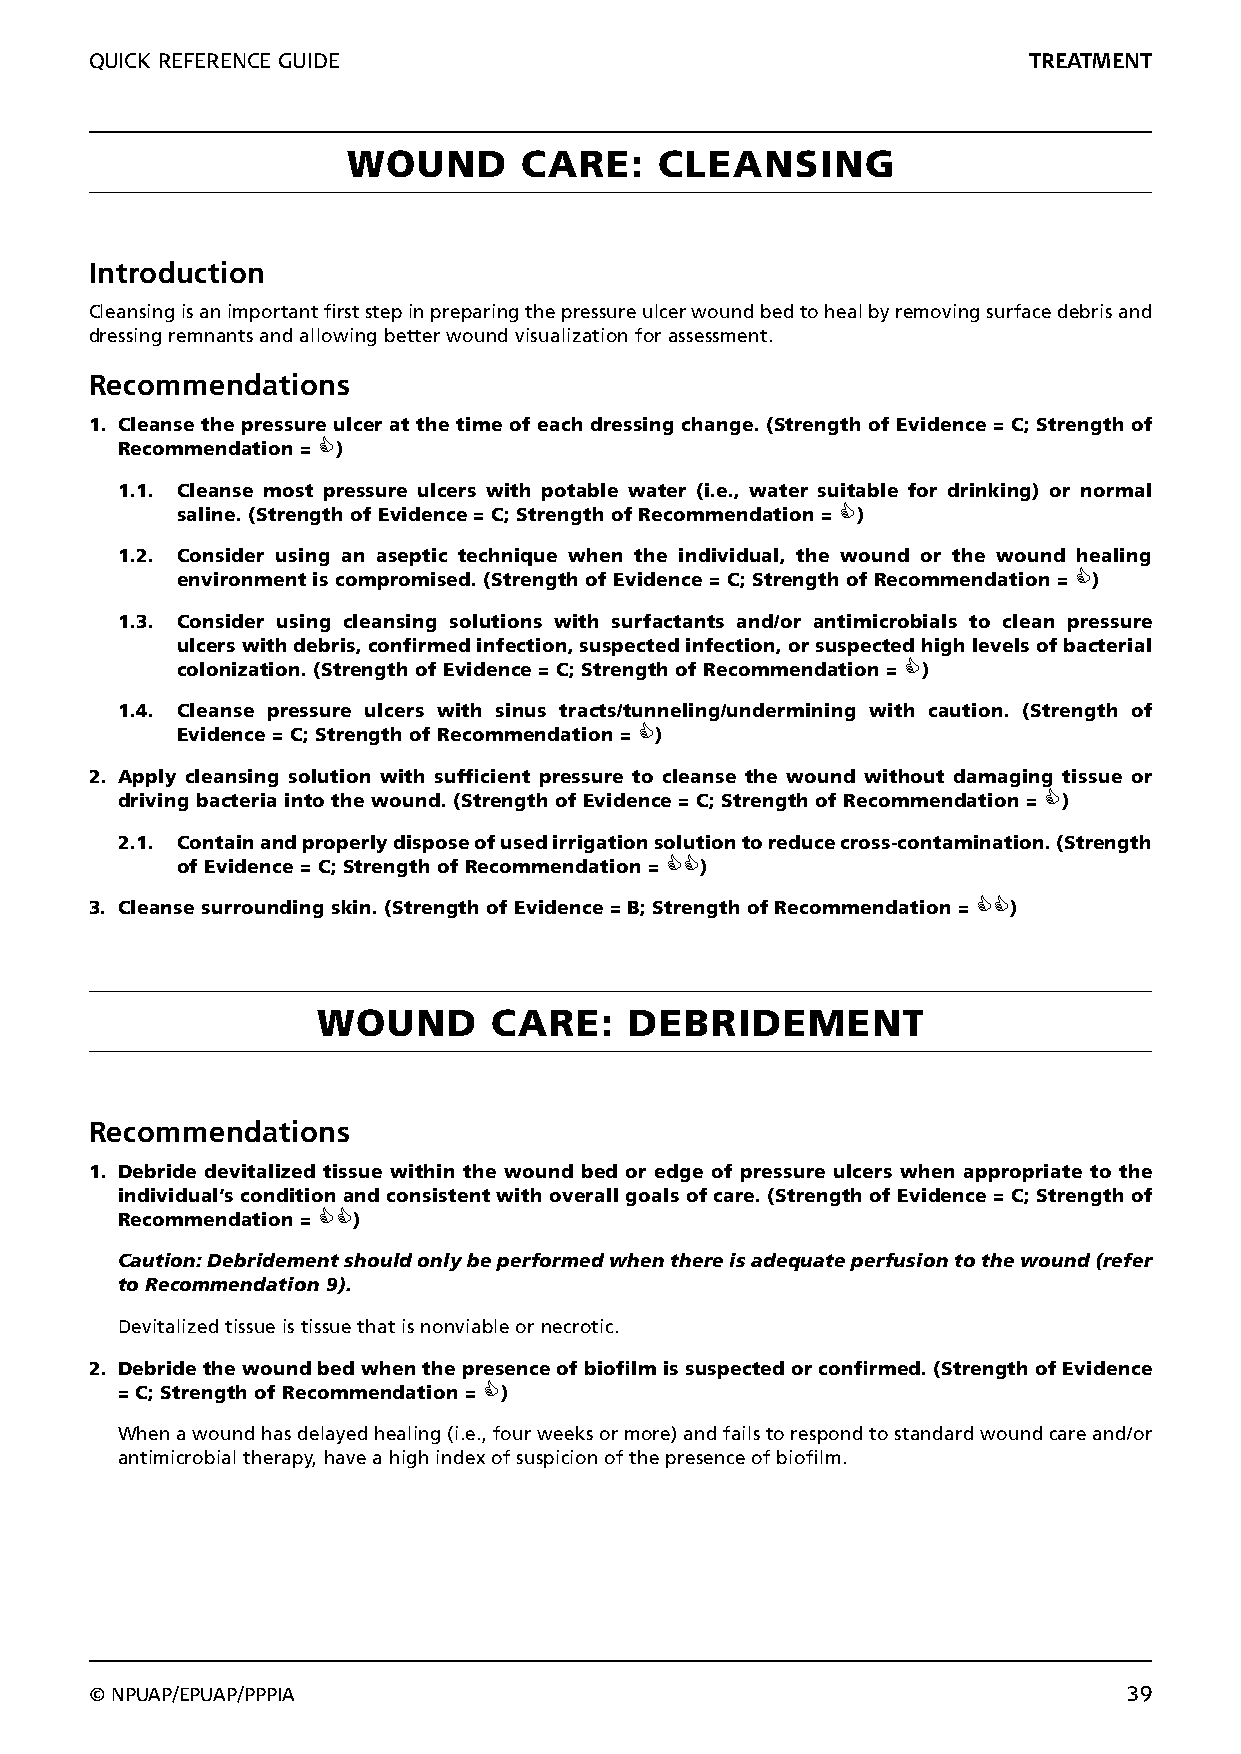
QUICK REFERENCE GUIDE                                         TREATMENT
 WOUND       CARE:    CLEANSING
 Introduction
 Cleansing is an important first step in preparing the pressure ulcer wound bed to heal by removing surface debris and
 dressing remnants and allowing better wound visualization for assessment.
 Recommendations
 1. Cleanse the pressure ulcer at the time of each dressing change. (Strength of Evidence = C; Strength of
 Recommendation = )
 1.1. Cleanse most pressure ulcers with potable water (i.e., water suitable for drinking) or normal
 saline. (Strength of Evidence = C; Strength of Recommendation = )
 1.2. Consider using an aseptic technique when the individual, the wound or the wound healing
 environment is compromised. (Strength of Evidence = C; Strength of Recommendation = )
 1.3. Consider using cleansing solutions with surfactants and/or antimicrobials to clean pressure
 ulcers with debris, confirmed infection, suspected infection, or suspected high levels of bacterial
 colonization. (Strength of Evidence = C; Strength of Recommendation = )
 1.4. Cleanse pressure ulcers with sinus tracts/tunneling/undermining with caution. (Strength of
 Evidence = C; Strength of Recommendation = )
 2. Apply cleansing solution with sufficient pressure to cleanse the wound without damaging tissue or
 driving bacteria into the wound. (Strength of Evidence = C; Strength of Recommendation = )
 2.1. Contain and properly dispose of used irrigation solution to reduce cross-contamination. (Strength
 of Evidence = C; Strength of Recommendation = )
 3. Cleanse surrounding skin. (Strength of Evidence = B; Strength of Recommendation = )
 WOUND       CARE:    DEBRIDEMENT
 Recommendations
 1. Debride devitalized tissue within the wound bed or edge of pressure ulcers when appropriate to the
 individual’s condition and consistent with overall goals of care. (Strength of Evidence = C; Strength of
 Recommendation = )
 Caution: Debridement should only be performed when there is adequate perfusion to the wound (refer
 to Recommendation 9).
 Devitalized tissue is tissue that is nonviable or necrotic.
 2. Debride the wound bed when the presence of biofilm is suspected or confirmed. (Strength of Evidence
 = C; Strength of Recommendation = )
 When a wound has delayed healing (i.e., four weeks or more) and fails to respond to standard wound care and/or
 antimicrobial therapy, have a high index of suspicion of the presence of biofilm.
 © NPUAP/EPUAP/PPPIA                                                  39